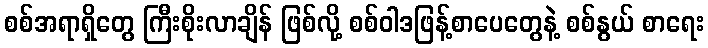
စစ်အရာရှိတွေ ကြီးစိုးလာချိန် ဖြစ်လို့ စစ်ဝါဒဖြန့်စာပေတွေနဲ့ စစ်နွယ် စာရေး